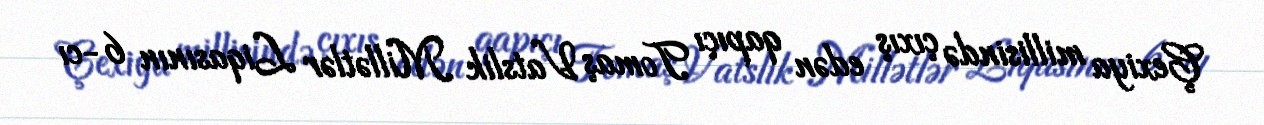
Çexiya millisində çıxış edən qapıçı Tomaş Vatslik Millətlər Liqasının 6-cı